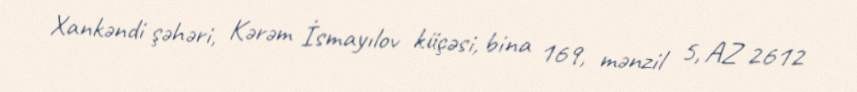
Xankəndi şəhəri, Kərəm İsmayılov küçəsi, bina 169, mənzil 5, AZ 2612